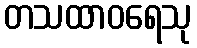
တသထာဝရေသု